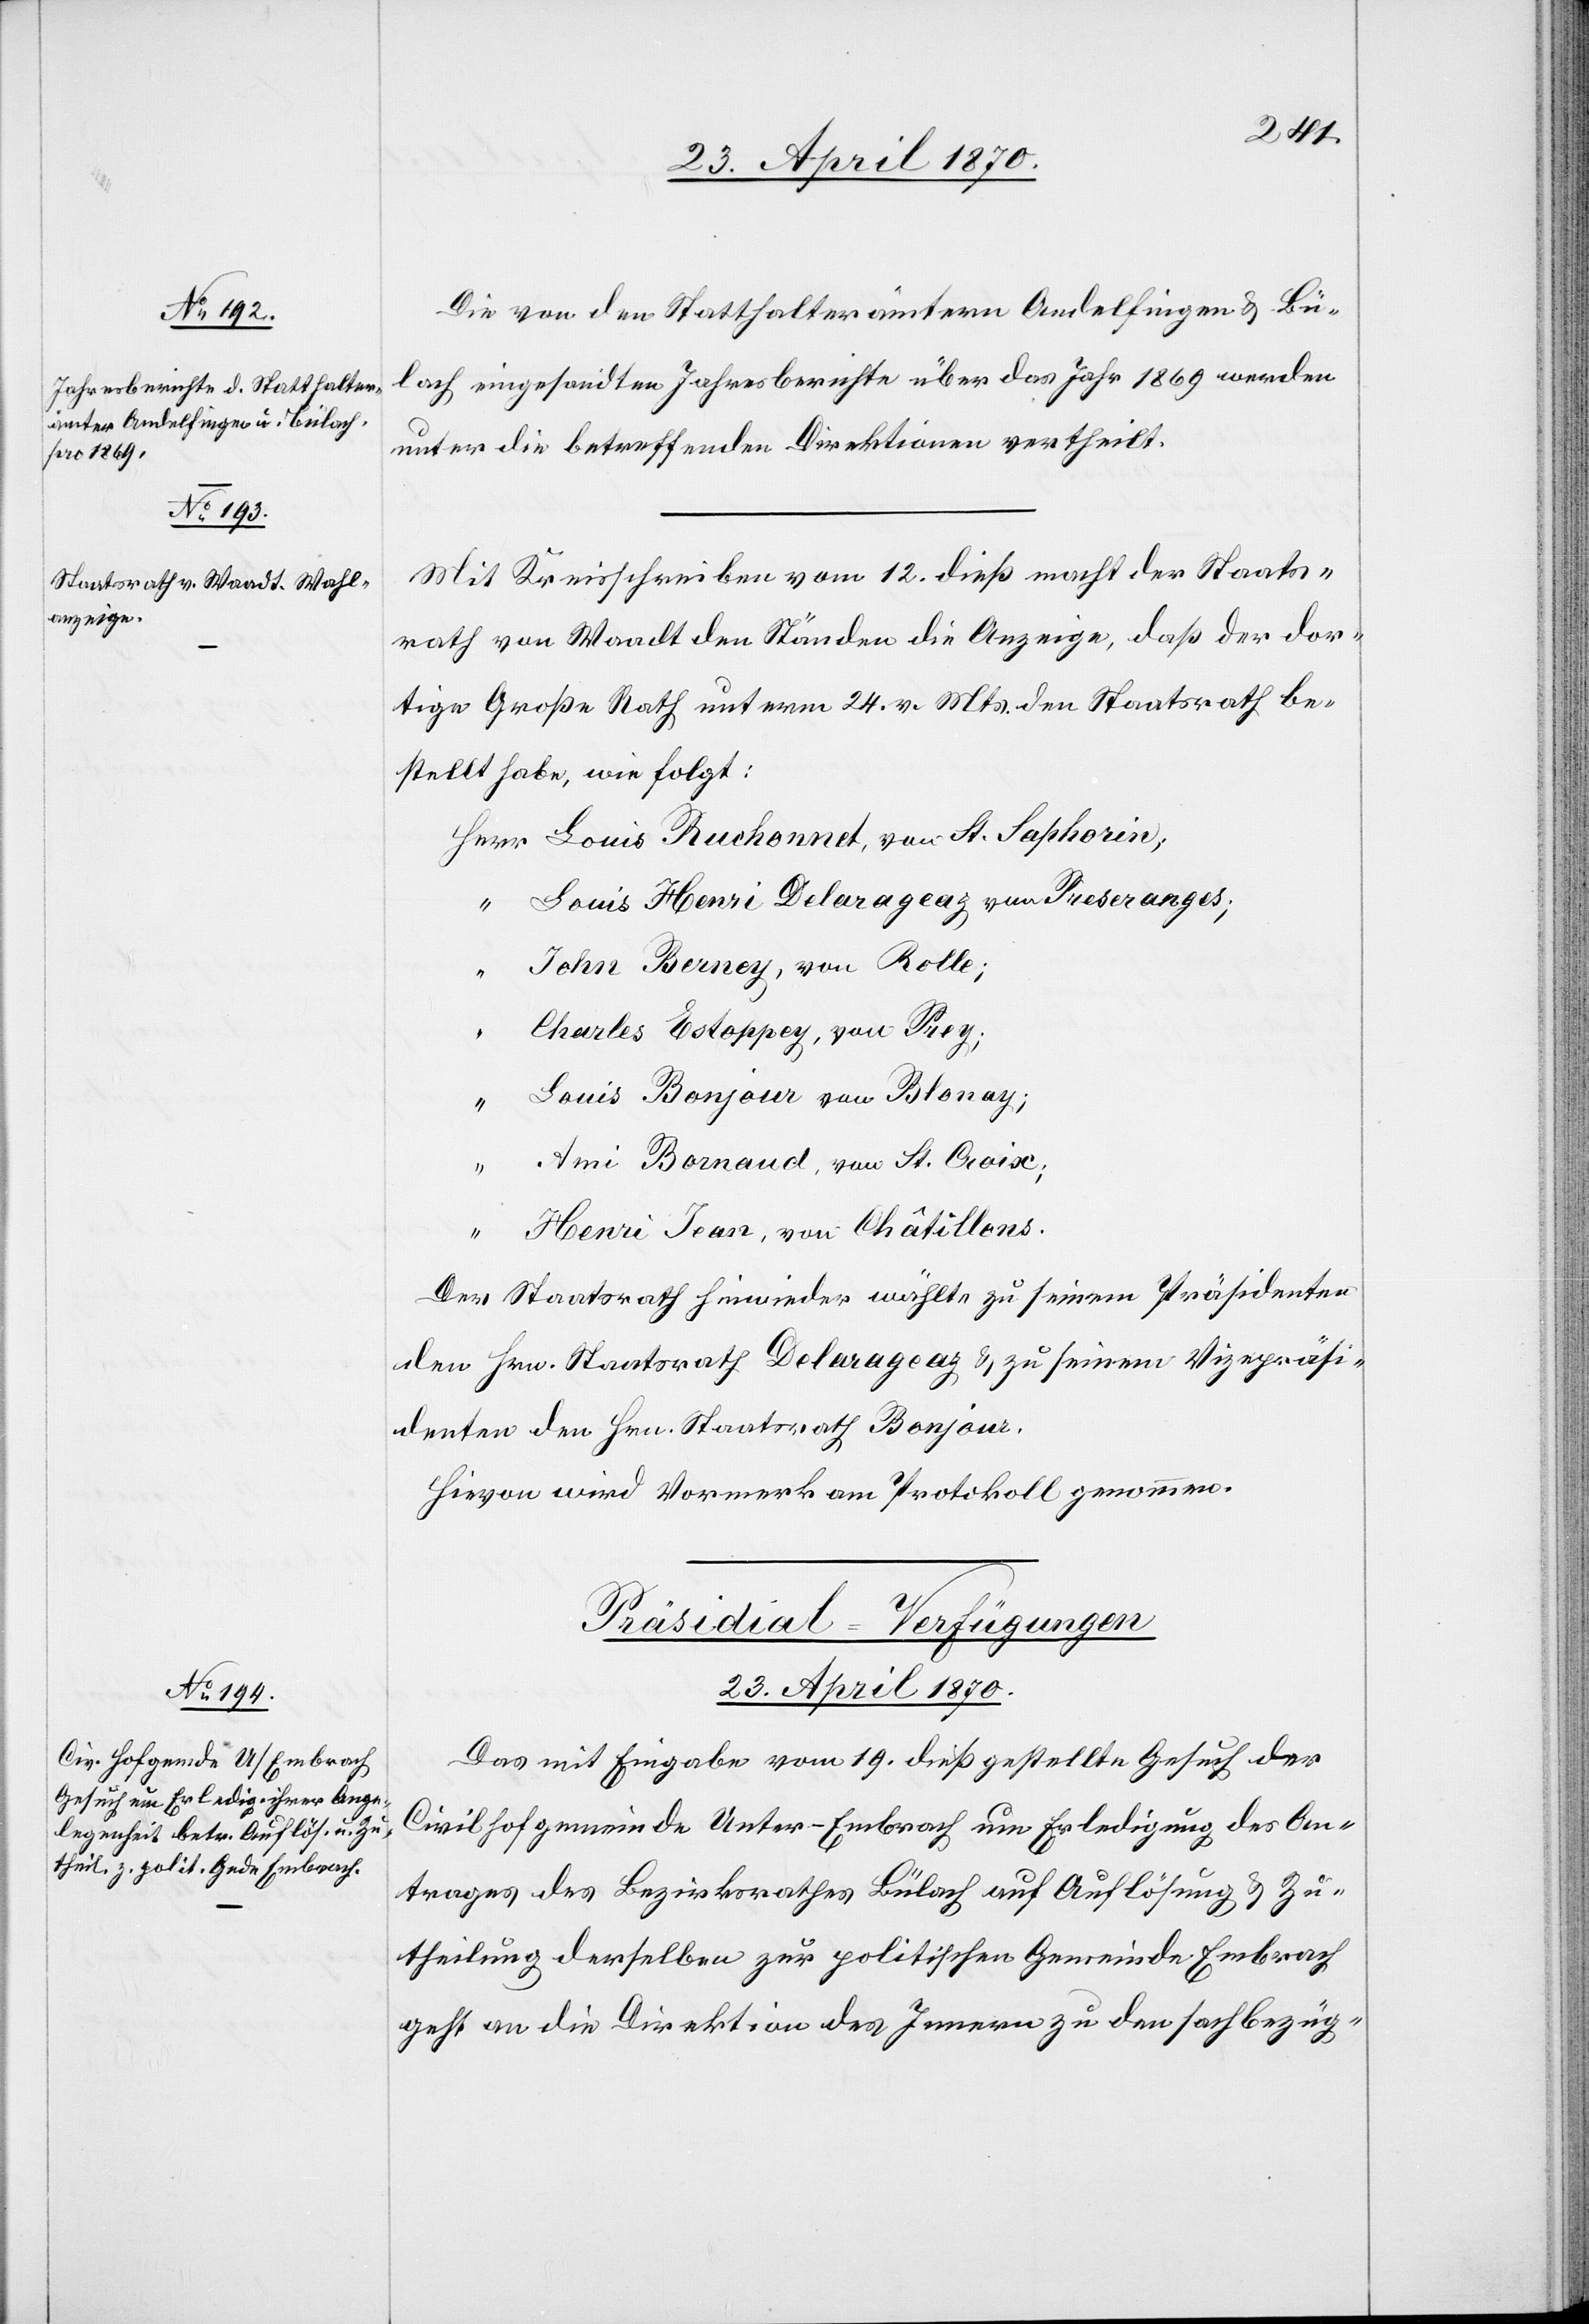
Die von den Statthalterämtern Andelfingen & Bü¬
lach eingesandten Jahresberichte über das Jahr 1869 werden
unter die betreffenden Direktionen vertheilt.
Mit Kreisschreiben vom 12. dieß macht der Staats¬
rath von Waadt den Ständen die Anzeige, daß der dor¬
tige Große Rath unterm 24. v. Mts. den Staatsrath be¬
stellt habe, wie folgt:
Louis Ruchonnet, von St. Saphorien;
Louis Henri Delarageaz von Peseranges;
John Berney, von Rolle;
“
Charles Estoppey, von Pery;
“
Louis Bonjour von Blonay;
Ami Banaud, von St. Croix;
Henri Jean, von Châteillons.
Der Staatsrath hinwieder wählte zu seinem Präsidenten
den Hrn. Staatsrath Delarageaz & zu seinem Vizepräsi¬
denten den Hrn. Staatsrath Bonjour.
Hievon wird Vormerk am Protokoll genommen.
Präsidial-Verfügungen
23. April 1870.
Das mit Eingabe vom 19. dieß gestellte Gesuch der
Civilhofgemeinde Unter-Embrach um Erledigung des An¬
trages des Bezirksrathes Bülach auf Auflösung & Zu¬
theilung derselben zur politischen Gemeinde Embrach
geht an die Direktion des Innern zu den sachbezüg-